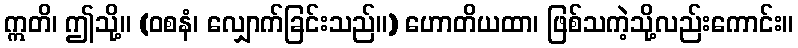
ဣတိ၊ ဤသို့။ (ဝစနံ၊ လျှောက်ခြင်းသည်။) ဟောတိယထာ၊ ဖြစ်သကဲ့သို့လည်းကောင်း။